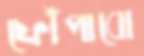
ফোঁপাবো